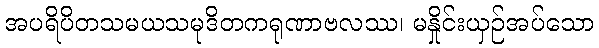
အပရိပိတသမယသမုဒိတကရုဏာဗလဿ၊ မနှိုင်းယှဉ်အပ်သော